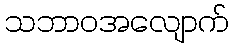
သဘာဝအလျောက်